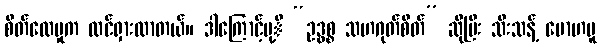
စိတ်လေမှုက ထင်ရှားလာတယ်။ ဒါကြောင့်မု့ိ “ဥဒ္ဓစ္စ သဟဂုတ်စိတ်” ဆိုပြီး သီးသန့် မောဟမူ